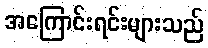
အကြောင်းရင်းများသည်